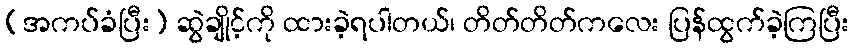
(အကပ်ခံပြီး) ဆွဲချိုင့်ကို ထားခဲ့ရပါတယ်၊ တိတ်တိတ်ကလေး ပြန်ထွက်ခဲ့ကြပြီး